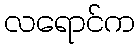
လရောင်က